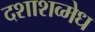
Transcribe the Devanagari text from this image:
दशाशव्मेध